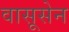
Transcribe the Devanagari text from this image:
वासूसेन